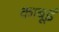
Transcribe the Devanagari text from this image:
काबूई